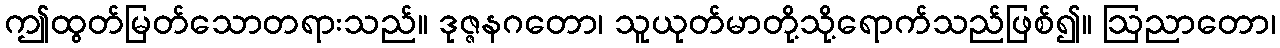
ဤထွတ်မြတ်သောတရားသည်။ ဒုဇ္ဇနဂတော၊ သူယုတ်မာတို့သို့ရောက်သည်ဖြစ်၍။ ဩညာတော၊